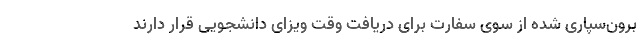
برون‌سپاری شده از سوی سفارت برای دریافت وقت ویزای دانشجویی قرار دارند